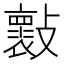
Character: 𣀤